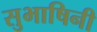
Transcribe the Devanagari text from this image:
सुभाषिनी